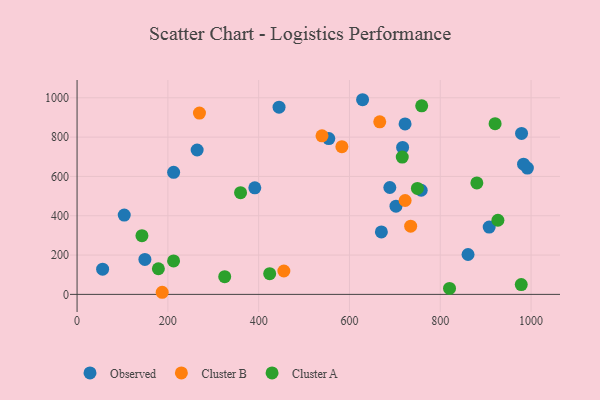
{"axis": {"x": "Experience", "y": "Demand"}, "legend": ["Cluster A", "Cluster B", "Observed"], "data": [{"x": "991.9", "y": 642.4, "type": "Observed"}, {"x": "702.5", "y": 448.7, "type": "Observed"}, {"x": "670.3", "y": 317.7, "type": "Observed"}, {"x": "103.9", "y": 403.5, "type": "Observed"}, {"x": "628.9", "y": 990.2, "type": "Observed"}, {"x": "264.5", "y": 734.5, "type": "Observed"}, {"x": "983.5", "y": 662.1, "type": "Observed"}, {"x": "554.5", "y": 792.8, "type": "Observed"}, {"x": "717.1", "y": 747.5, "type": "Observed"}, {"x": "861.2", "y": 202.9, "type": "Observed"}, {"x": "212.7", "y": 621.1, "type": "Observed"}, {"x": "907.8", "y": 342.2, "type": "Observed"}, {"x": "444.9", "y": 952.2, "type": "Observed"}, {"x": "722.5", "y": 867.3, "type": "Observed"}, {"x": "149.4", "y": 178.0, "type": "Observed"}, {"x": "758.0", "y": 529.8, "type": "Observed"}, {"x": "688.9", "y": 543.7, "type": "Observed"}, {"x": "56.3", "y": 128.2, "type": "Observed"}, {"x": "979.1", "y": 818.6, "type": "Observed"}, {"x": "391.5", "y": 541.8, "type": "Observed"}, {"x": "539.5", "y": 806.8, "type": "Cluster B"}, {"x": "666.7", "y": 877.7, "type": "Cluster B"}, {"x": "734.8", "y": 347.0, "type": "Cluster B"}, {"x": "455.5", "y": 118.9, "type": "Cluster B"}, {"x": "187.5", "y": 10.7, "type": "Cluster B"}, {"x": "269.6", "y": 922.4, "type": "Cluster B"}, {"x": "583.3", "y": 751.4, "type": "Cluster B"}, {"x": "722.6", "y": 477.6, "type": "Cluster B"}, {"x": "179.1", "y": 130.4, "type": "Cluster A"}, {"x": "749.7", "y": 539.2, "type": "Cluster A"}, {"x": "424.3", "y": 105.4, "type": "Cluster A"}, {"x": "927.0", "y": 377.2, "type": "Cluster A"}, {"x": "142.9", "y": 298.7, "type": "Cluster A"}, {"x": "880.6", "y": 566.9, "type": "Cluster A"}, {"x": "820.4", "y": 30.2, "type": "Cluster A"}, {"x": "716.3", "y": 698.7, "type": "Cluster A"}, {"x": "759.1", "y": 959.1, "type": "Cluster A"}, {"x": "212.6", "y": 170.4, "type": "Cluster A"}, {"x": "325.2", "y": 90.3, "type": "Cluster A"}, {"x": "978.4", "y": 49.9, "type": "Cluster A"}, {"x": "920.8", "y": 868.6, "type": "Cluster A"}, {"x": "360.1", "y": 517.6, "type": "Cluster A"}]}